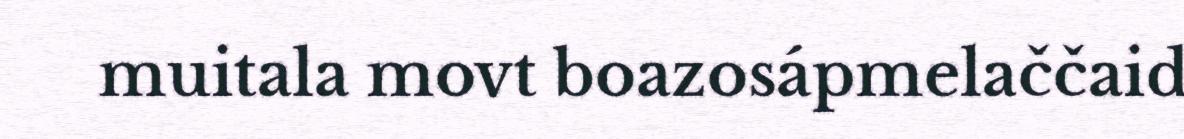
muitala movt boazosápmelaččaid